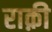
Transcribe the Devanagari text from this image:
राक़ी